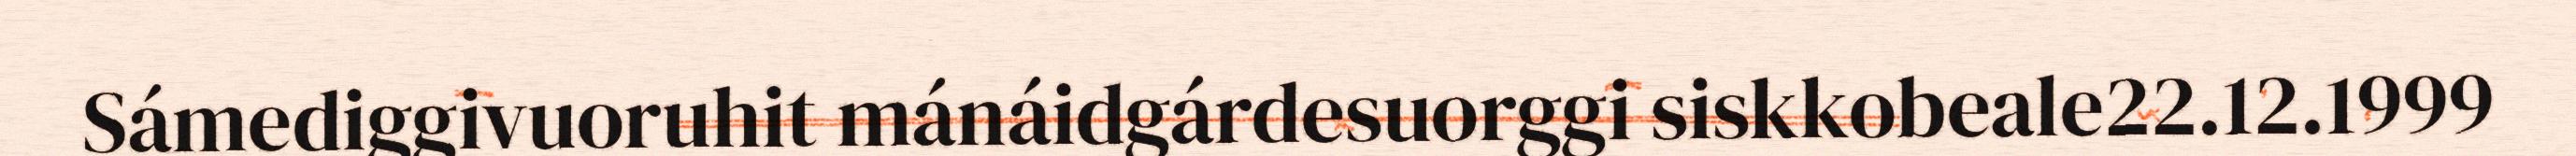
Sámediggivuoruhit mánáidgárdesuorggi siskkobeale22.12.1999